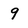
Character: q